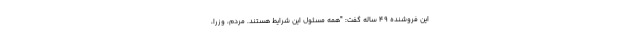
این فروشنده 49 ساله گفت: "همه مسئول این شرایط هستند. مردم، وزرا،